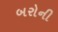
બરોની